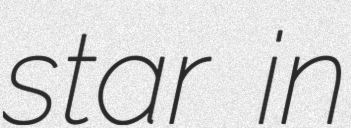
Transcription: star in